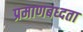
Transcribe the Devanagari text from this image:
प्रमाणबध्दता